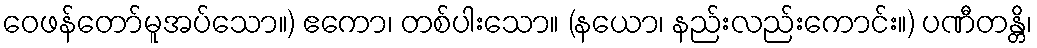
ဝေဖန်တော်မူအပ်သော။) ဧကော၊ တစ်ပါးသော။ (နယော၊ နည်းလည်းကောင်း။) ပဏီတန္တိ၊